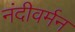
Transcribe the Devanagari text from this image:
नंदीवर्मन